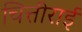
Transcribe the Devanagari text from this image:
चित्तीराई